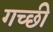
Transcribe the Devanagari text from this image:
गच्छी